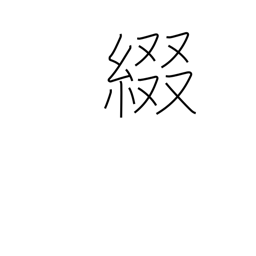
Meaning: spell